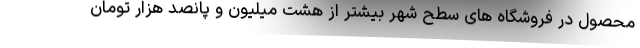
محصول در فروشگاه های سطح شهر بیشتر از هشت میلیون و پانصد هزار تومان